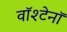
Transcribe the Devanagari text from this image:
वॉश्टेनॉ